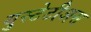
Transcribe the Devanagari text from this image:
युस्टेटीअस